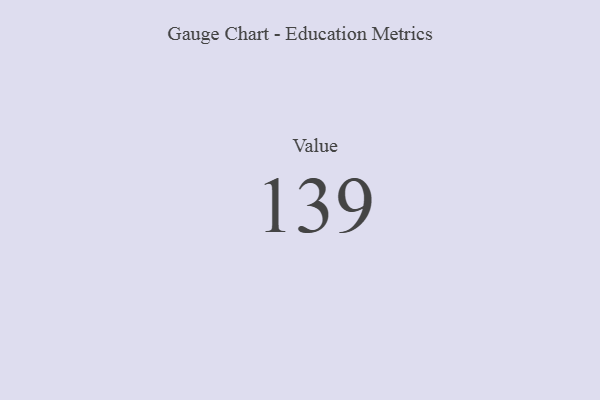
{"axis": {"x": "Metric", "y": "Value"}, "legend": [""], "data": [{"x": "Value", "y": 139, "type": ""}]}